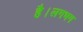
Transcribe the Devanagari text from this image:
है।लगभग